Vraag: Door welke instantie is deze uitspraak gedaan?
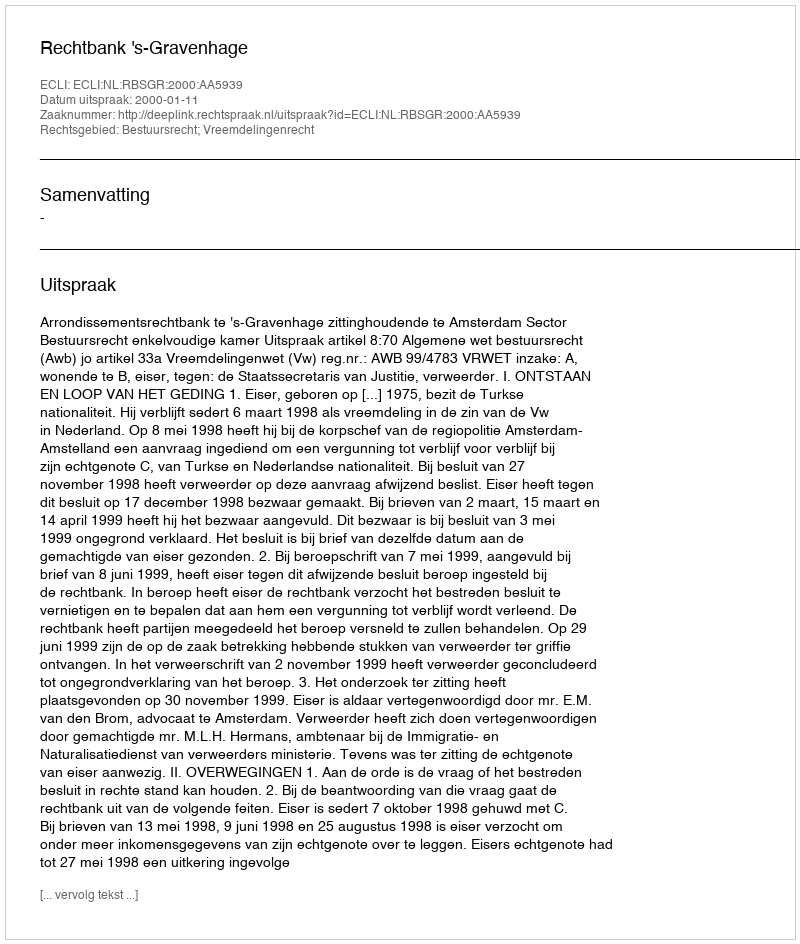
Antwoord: Rechtbank 's-Gravenhage